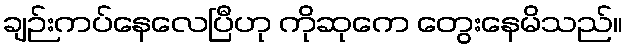
ချဉ်းကပ်နေလေပြီဟု ကိုဆုကေ တွေးနေမိသည်။